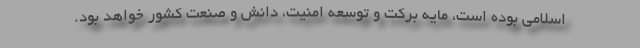
اسلامی بوده است، مایه برکت و توسعه امنیت، دانش و صنعت کشور خواهد بود.